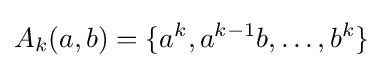
A_{k}(a,b)=\{a^{k},a^{k-1}b,\ldots ,b^{k}\}